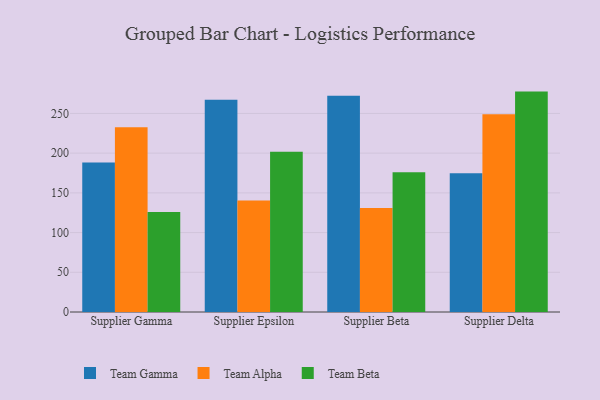
{"axis": {"x": "Supplier", "y": "Conversion Rate (%)"}, "legend": ["Team Alpha", "Team Beta", "Team Gamma"], "data": [{"x": "Supplier Gamma", "y": 188.2, "type": "Team Gamma"}, {"x": "Supplier Gamma", "y": 232.5, "type": "Team Alpha"}, {"x": "Supplier Gamma", "y": 126.0, "type": "Team Beta"}, {"x": "Supplier Epsilon", "y": 267.2, "type": "Team Gamma"}, {"x": "Supplier Epsilon", "y": 140.4, "type": "Team Alpha"}, {"x": "Supplier Epsilon", "y": 201.7, "type": "Team Beta"}, {"x": "Supplier Beta", "y": 272.4, "type": "Team Gamma"}, {"x": "Supplier Beta", "y": 130.9, "type": "Team Alpha"}, {"x": "Supplier Beta", "y": 175.8, "type": "Team Beta"}, {"x": "Supplier Delta", "y": 174.8, "type": "Team Gamma"}, {"x": "Supplier Delta", "y": 248.9, "type": "Team Alpha"}, {"x": "Supplier Delta", "y": 277.5, "type": "Team Beta"}]}